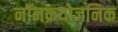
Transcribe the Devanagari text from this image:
नॉनक्रयोजनिक